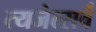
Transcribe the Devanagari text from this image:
त्यजेत्सर्वं